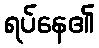
ရပ်နေ၏